Civil Veterinary Department. Madras. Admin. report 1910-25 - 1910-1925
Year: 1910
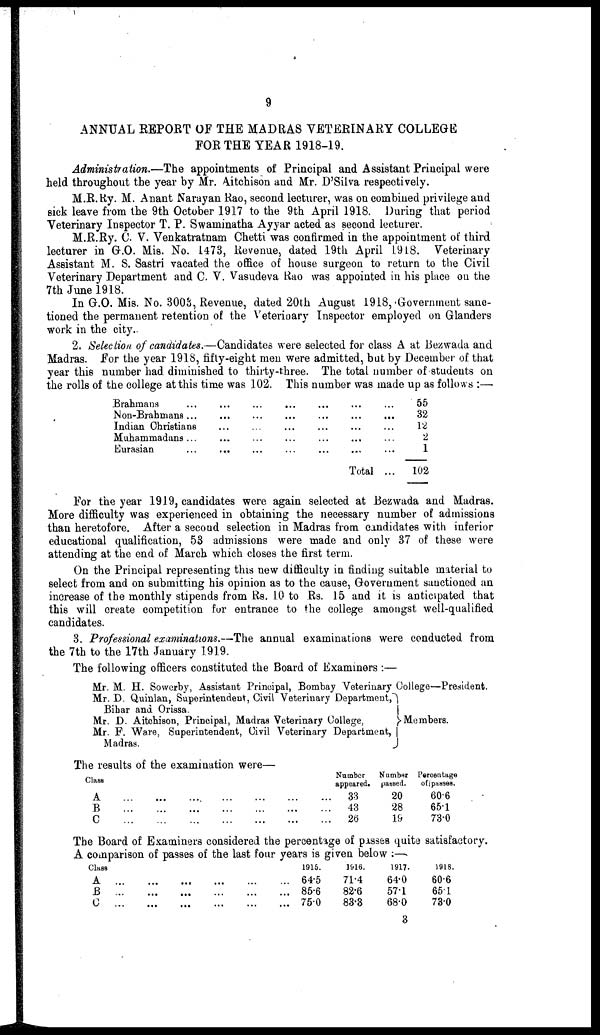
9
ANNUAL REPORT OF THE MADRAS VETERINARY COLLEGE
FOR THE YEAR 1918-19.
Administration.—The appointments of Principal and Assistant Principal were
held throughout the year by Mr. Aitchison and Mr. D'Silva respectively.
M.R. Ry. M. Anant Narayan Rao, second lecturer, was on combined privilege and
sick leave from the 9th October 1917 to the 9th April 1918. During that period
Veterinary Inspector T. P. Swaminatha Ayyar acted as second lecturer.
M.R.Ry. C. V. Venkatratnam Chetti was confirmed in the appointment of third
lecturer in G.O. Mis. No. 1473, Revenue, dated 19th April 1918. Veterinary
Assistant M. S. Sastri vacated the office of house surgeon to return to the Civil
Veterinary Department and C. V. Vasudeva Rao was appointed in his place on the
7th June 1918.
In G.O. Mis. No. 3003, Revenue, dated 20th August 1918, Government sanc-
tioned the permanent retention of the Veterinary Inspector employed on Glanders
work in the city.
2, Selection of candidates.—Candidates were selected for class A at Bezwada and
Madras. For the year 1918, fifty-eight men were admitted, but by December of that
year this number had diminished to thirty-three. The total number of students on
the rolls of the college at this time was 102. This number was made up as follows:—.
Brahmans ...
Non-Brahmans ...
Indian Christians
Muhammadans ...
Eurasian ...
...
...
...
...
...
...
...
...
...
...
...
...
...
...
...
...
...
...
...
...
...
...
...
...
...
Total
...
...
...
...
...
...
55
32
12
2
1
102
For the year 1919, candidates were again selected at Bezwada and Madras.
More difficulty was experienced in obtaining the necessary number of admissions
than heretofore. After a second selection in Madras from candidates with inferior
educational qualification, 53 admissions were made and only 37 of these were
attending at the end of March which closes the first term.
On the Principal representing this new difficulty in finding suitable material to
select from and on submitting his opinion as to the cause, Government sanctioned an
increase of the monthly stipends from Rs. 10 to Rs. 15 and it is anticipated that
this will create competition for entrance to the college amongst well-qualified
candidates.
3. Professional examinations.—The annual examinations were conducted from
the 7th to the 17th January 1919.
The following officers constituted the Board of Examiners:—
Mr. M. H. Sowerby, Assistant Principal, Bombay Veterinary College—President.
Mr. D. Quinlan, Superintendent, Civil Veterinary Department,
Bihar and Orissa.
Mr. D. Aitchison, Principal, Madras Veterinary College,
Mr. F. Ware, Superintendent, Civil Veterinary Department,
Madras.
Members.
The results of the examination were—
Class
A
B
C
...
...
...
...
...
...
...
...
...
...
...
...
...
...
...
...
...
...
...
...
...
Number
appeared.
33
43
26
Number
paused.
20
28
19
Percentage
of passes.
60.6
651
73.0
The Board of Examiners considered the percentage or pisses quite satisfactory.
A comparison of passes of the last four years is given below:—
Class
A ...
B ...
C ...
...
...
...
...
...
...
...
...
...
...
...
...
...
...
...
1915.
64.5
85.6
75.0
1916.
71.4
82.6
83.3
1917.
64.0
571
68.0
1918.
60.6
65.1
73.0
3